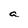
Character: a